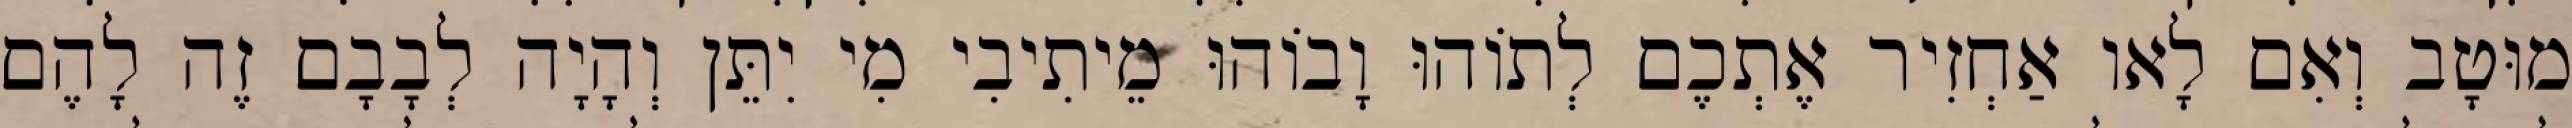
מוּטָב וְאִם לָאו אַחְזִיר אֶתְכֶם לְתוֹהוּ וָבוֹהוּ מֵיתִיבִי מִי יִתֵּן וְהָיָה לְבָבָם זֶה לָהֶם